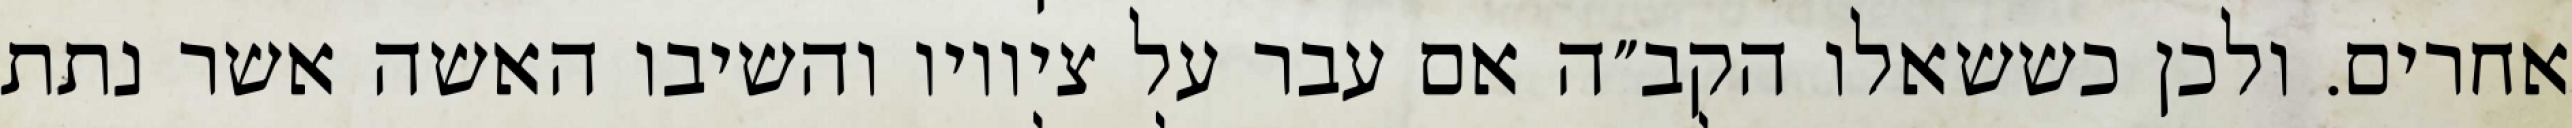
אחרים. ולכן כששאלו הקב״ה אם עבר על ציוויו והשיבו האשה אשר נתת